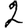
Digit: 2